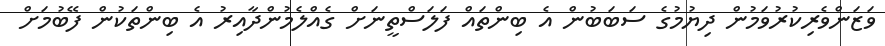
ވަޒަންވެރިކުރުވަމުން ދިޔުމުގެ ސަބަބުން އެ ބިންތައް ފަލަސްތީނަށް ގެއްލެމުންދާއިރު އެ ބިންތަކުން ފޭބުމަށް